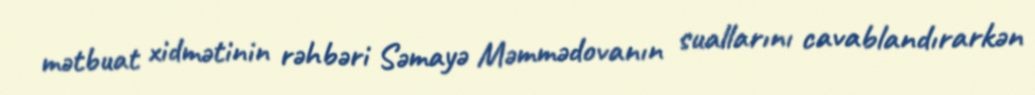
mətbuat xidmətinin rəhbəri Səmayə Məmmədovanın suallarını cavablandırarkən